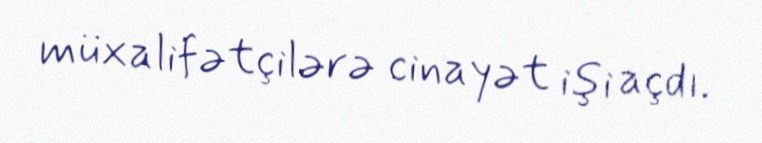
müxalifətçilərə cinayət işi açdı.